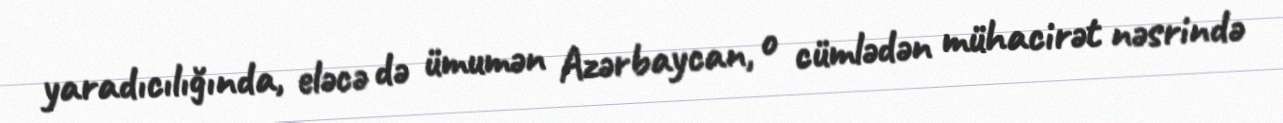
yaradıcılığında, eləcə də ümumən Azərbaycan, o cümlədən mühacirət nəsrində